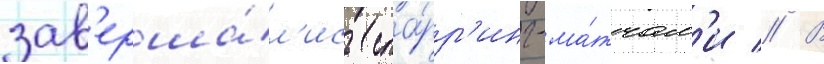
зав'ерша́л'ись спа́рр'инг-ма́тчам'и // В